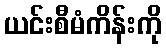
ယင်းစီမံကိန်းကို